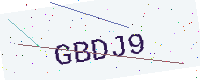
Text: GBDJ9